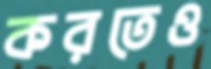
করতেও